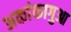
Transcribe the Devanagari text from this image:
अकांकागुआ